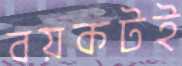
বয়কটই